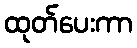
ထုတ်ပေးကာ